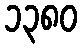
၁၃၈၀